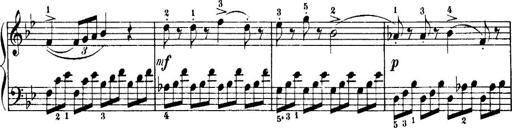
Title: 7 Sonatinas
Composer: Anton Diabelli